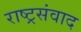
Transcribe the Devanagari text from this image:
राष्ट्रसंवाद